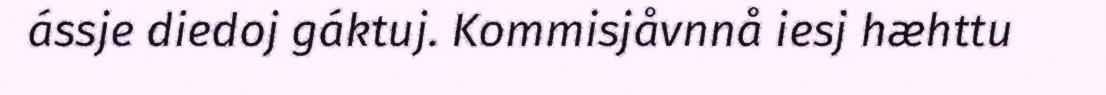
ássje diedoj gáktuj. Kommisjåvnnå iesj hæhttu